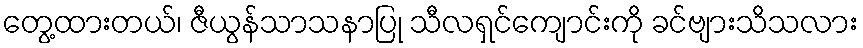
တွေ့ထားတယ်၊ ဇီယွန်သာသနာပြု သီလရှင်ကျောင်းကို ခင်ဗျားသိသလား